Civil Veterinary Dept. Bombay admin report 1907-1913 - 1907-1913
Year: 1907
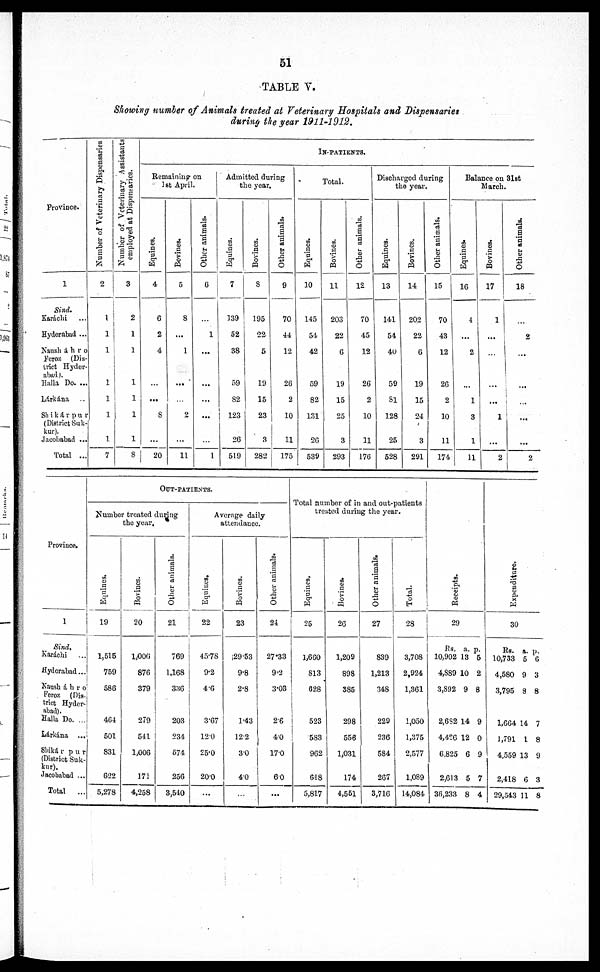
51
TABLE V.
Showing number of Animals treated at Veterinary Hospitals and Dispensaries
during the year 1911-1912.
Province.
1
Sind.
Karachi ...
Hyderabad ...
Naush áhro
Feroz (Dis-
trict Hyder-
abad).
Halla Do. ...
Lárkána ..
Shikárpur
(District Suk-
kur).
Jacobabad ...
Total ...
Number of Veterinary Dispensaries
2
1
1
1
1
1
1
1
7
Number of Veterinary Assistants
employed at Dispensaries.
3
2
1
1
1
1
1
1
8
IN-PATIENTS.
Remaining on
1st April.
Equines.
4
6
2
4
...
...
8
...
20
Bovines.
5
8
...
1
...
...
2
...
11
Other animals.
6
...
1
...
...
...
...
...
1
Admitted during
the year.
Equines.
7
139
52
38
59
82
123
26
519
Bovines.
8
195
22
5
19
15
23
3
282
Other animals.
9
70
44
12
26
2
10
11
175
Total.
Equines.
10
145
54
42
59
82
131
26
539
Bovines.
11
203
22
6
19
15
25
3
293
Other animals.
12
70
45
12
26
2
10
11
176
Discharged during
the year.
Equines.
13
141
54
40
59
81
128
25
528
Bovines.
14
202
22
6
19
15
24
3
291
Other animals.
15
70
43
12
26
2
10
11
174
Balance on 31st
March.
Equines.
16
4
...
2
...
1
3
1
11
Bovines.
17
1
...
...
...
...
1
...
2
Other animals.
18
...
2
...
...
...
...
...
2
Province.
1
Sind,
Karáchi
...
Hyderabad...
Naush áhro
Feroz (Dis-
trict Hyder-
abad).
Halla Do. ...
Lárkána ...
Shikár pur
kur).
Jacobabad ...
Total
...
Out-patients.
Number treated during
the year.
Equines.
19
1,515
759
586
461
501
831
622
5,278
Bovines.
20
1,000
876
379
279
541
1,006
171
4,258
Other animals.
21
769
1,168
336
203
234
574
256
3,540
Average daily
attendance.
Equines.
22
45.78
9.2
4.6
3.67
12.0
25.0
20.0
...
Bovines.
23
29.53
9.8
2.8
1.43
12.2
30
40
...
Other animals.
24
27.33
9.2
3.03
26
4.0
17.0
60
...
Total number of in and out-patients
treated during the year.
Equines.
25
1,660
813
628
523
583
962
648
5,817
Bovines.
26
1,209
898
S85
298
556
1,031
174
4,551
Other animals.
27
839
1,213
348
229
236
584
267
3,716
Total.
28
3,708
2,924
1,361
1,050
1,375
2,577
1,089
14,084
Receipts.
29
Rs.
10,902
4,S89
3,892
2,682
4,426
6,825
2,613
36,233
a.
13
10
9
14
12
6
5
8
p.
5
2
8
9
0
9
7
4
Expenditure.
30
Rs.
10,733
4,580
3,795
1,664
1,791
4,559
2,418
29,543
a.
5
9
8
14
1
13
6
11
p.
6
3
8
7
8
9
3
8